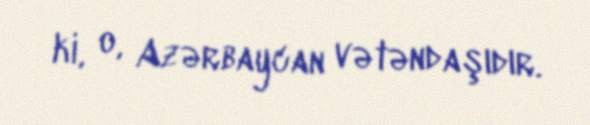
ki, o, Azərbaycan vətəndaşıdır.